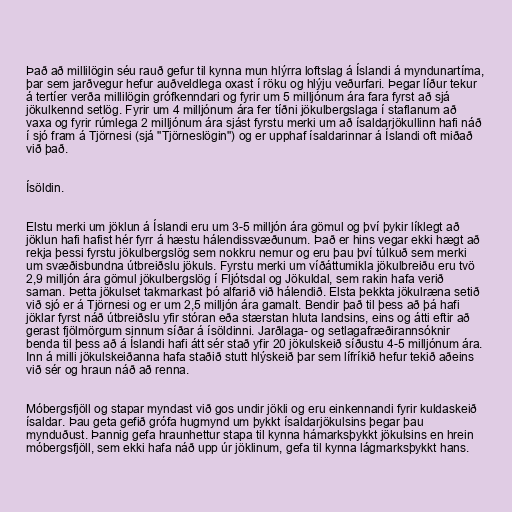
Það að millilögin séu rauð gefur til kynna mun hlýrra loftslag á Íslandi á myndunartíma,
þar sem jarðvegur hefur auðveldlega oxast í röku og hlýju veðurfari. Þegar líður tekur
á tertíer verða millilögin grófkenndari og fyrir um 5 milljónum ára fara fyrst að sjá
jökulkennd setlög. Fyrir um 4 milljónum ára fer tíðni jökulbergslaga í staflanum að
vaxa og fyrir rúmlega 2 milljónum ára sjást fyrstu merki um að ísaldarjökullinn hafi náð
í sjó fram á Tjörnesi (sjá "Tjörneslögin") og er upphaf ísaldarinnar á Íslandi oft miðað
við það.

Ísöldin.

Elstu merki um jöklun á Íslandi eru um 3-5 milljón ára gömul og því þykir líklegt að
jöklun hafi hafist hér fyrr á hæstu hálendissvæðunum. Það er hins vegar ekki hægt að
rekja þessi fyrstu jökulbergslög sem nokkru nemur og eru þau því túlkuð sem merki
um svæðisbundna útbreiðslu jökuls. Fyrstu merki um víðáttumikla jökulbreiðu eru tvö
2,9 milljón ára gömul jökulbergslög í Fljótsdal og Jökuldal, sem rakin hafa verið
saman. Þetta jökulset takmarkast þó alfarið við hálendið. Elsta þekkta jökulræna setið
við sjó er á Tjörnesi og er um 2,5 milljón ára gamalt. Bendir það til þess að þá hafi
jöklar fyrst náð útbreiðslu yfir stóran eða stærstan hluta landsins, eins og átti eftir að
gerast fjölmörgum sinnum síðar á ísöldinni. Jarðlaga- og setlagafræðirannsóknir
benda til þess að á Íslandi hafi átt sér stað yfir 20 jökulskeið síðustu 4-5 milljónum ára.
Inn á milli jökulskeiðanna hafa staðið stutt hlýskeið þar sem lífríkið hefur tekið aðeins
við sér og hraun náð að renna.

Móbergsfjöll og stapar myndast við gos undir jökli og eru einkennandi fyrir kuldaskeið
ísaldar. Þau geta gefið grófa hugmynd um þykkt ísaldarjökulsins þegar þau
mynduðust. Þannig gefa hraunhettur stapa til kynna hámarksþykkt jökulsins en hrein
móbergsfjöll, sem ekki hafa náð upp úr jöklinum, gefa til kynna lágmarksþykkt hans.